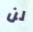
لن